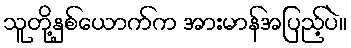
သူတို့နှစ်ယောက်က အားမာန်အပြည့်ပဲ။